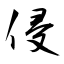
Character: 侵